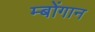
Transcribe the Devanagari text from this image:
म्बोंगान